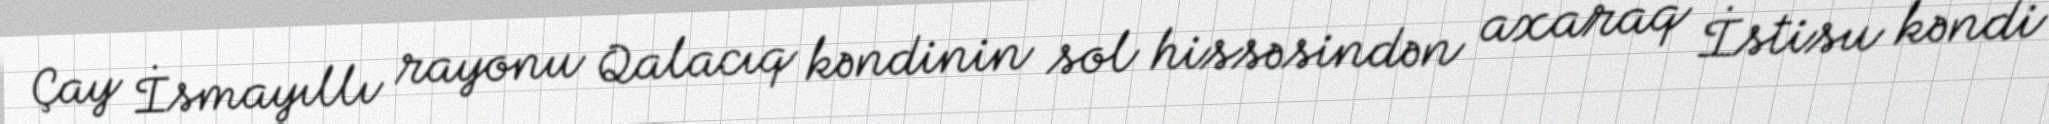
Çay İsmayıllı rayonu Qalacıq kəndinin sol hissəsindən axaraq İstisu kəndi